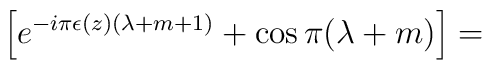
\left[e^{-i\pi\epsilon(z)(\lambda+m+1)}+\cos\pi(\lambda+m)\right]=